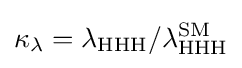
\kappa _{\lambda }=\lambda _{\text{HHH}}/\lambda _{\text{HHH}}^{\text{SM}}